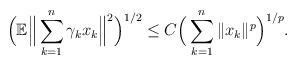
LaTeX: \begin{align*}\Big(\mathbb{E}\Big\|\sum_{k=1}^{n}\gamma_{k}x_{k}\Big\|^{2}\Big)^{1/2}\leq C\Big(\sum_{k=1}^{n}\|x_{k}\|^{p}\Big)^{1/p}.\end{align*}